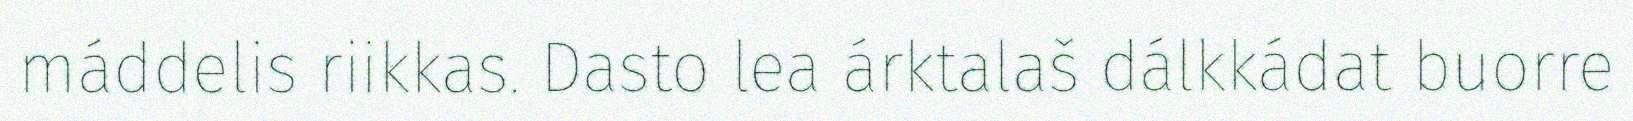
máddelis riikkas. Dasto lea árktalaš dálkkádat buorre